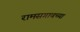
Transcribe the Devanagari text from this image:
रामसगावच्या